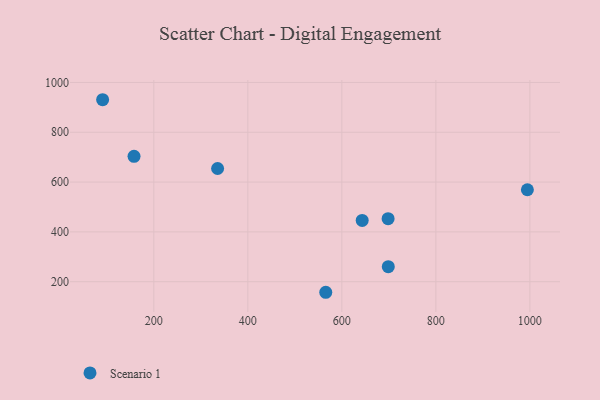
{"axis": {"x": "Distance", "y": "Fuel Efficiency"}, "legend": ["Scenario 1"], "data": [{"x": "91.1", "y": 930.6, "type": "Scenario 1"}, {"x": "698.8", "y": 260.4, "type": "Scenario 1"}, {"x": "643.3", "y": 445.9, "type": "Scenario 1"}, {"x": "157.9", "y": 703.3, "type": "Scenario 1"}, {"x": "335.7", "y": 654.4, "type": "Scenario 1"}, {"x": "565.8", "y": 157.5, "type": "Scenario 1"}, {"x": "698.4", "y": 453.2, "type": "Scenario 1"}, {"x": "994.7", "y": 569.2, "type": "Scenario 1"}]}